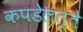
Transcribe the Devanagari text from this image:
कपडेलत्ते